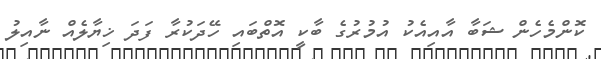
ކޮންމެހެން ޝަބާ އާއިއެކު އުމުރުގެ ބާކީ އޮތްބައި ހޭދަކުރާ ފަދަ ޚިޔާލެއް ނާއިލު